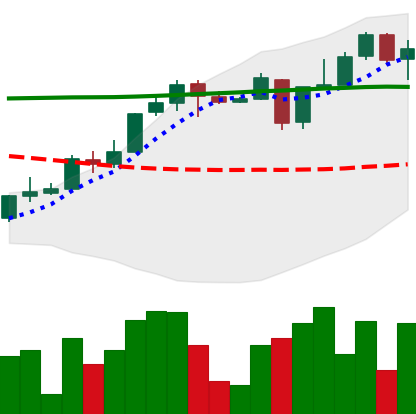
Ticker: XLM-USD
Chart end date: 2018-05-01
Forward return: -6.092%
Label: down_5_7